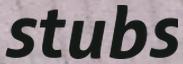
stubs